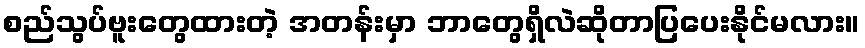
စည်သွပ်ဗူးတွေထားတဲ့ အတန်းမှာ ဘာတွေရှိလဲဆိုတာပြပေးနိုင်မလား။